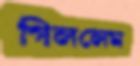
গিললেম